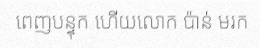
ពេញបន្ទុក ហើយលោក ប៉ាន់ មរក